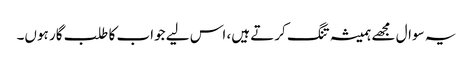
یہ سوال مجھے ہمیشہ تنگ کرتے ہیں، اس لیے جواب کا طلب گار ہوں۔